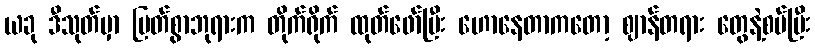
ယခု ဒီသုတ်မှာ မြတ်စွာဘုရားက တိုက်ရိုက် ထုတ်ဖော်ပြီး ဟောနေတာကတော့ ဈာန်တရား တွေနဲ့စပ်ပြီး